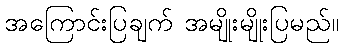
အကြောင်းပြချက် အမျိုးမျိုးပြမည်။